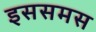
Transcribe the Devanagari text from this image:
इससमस